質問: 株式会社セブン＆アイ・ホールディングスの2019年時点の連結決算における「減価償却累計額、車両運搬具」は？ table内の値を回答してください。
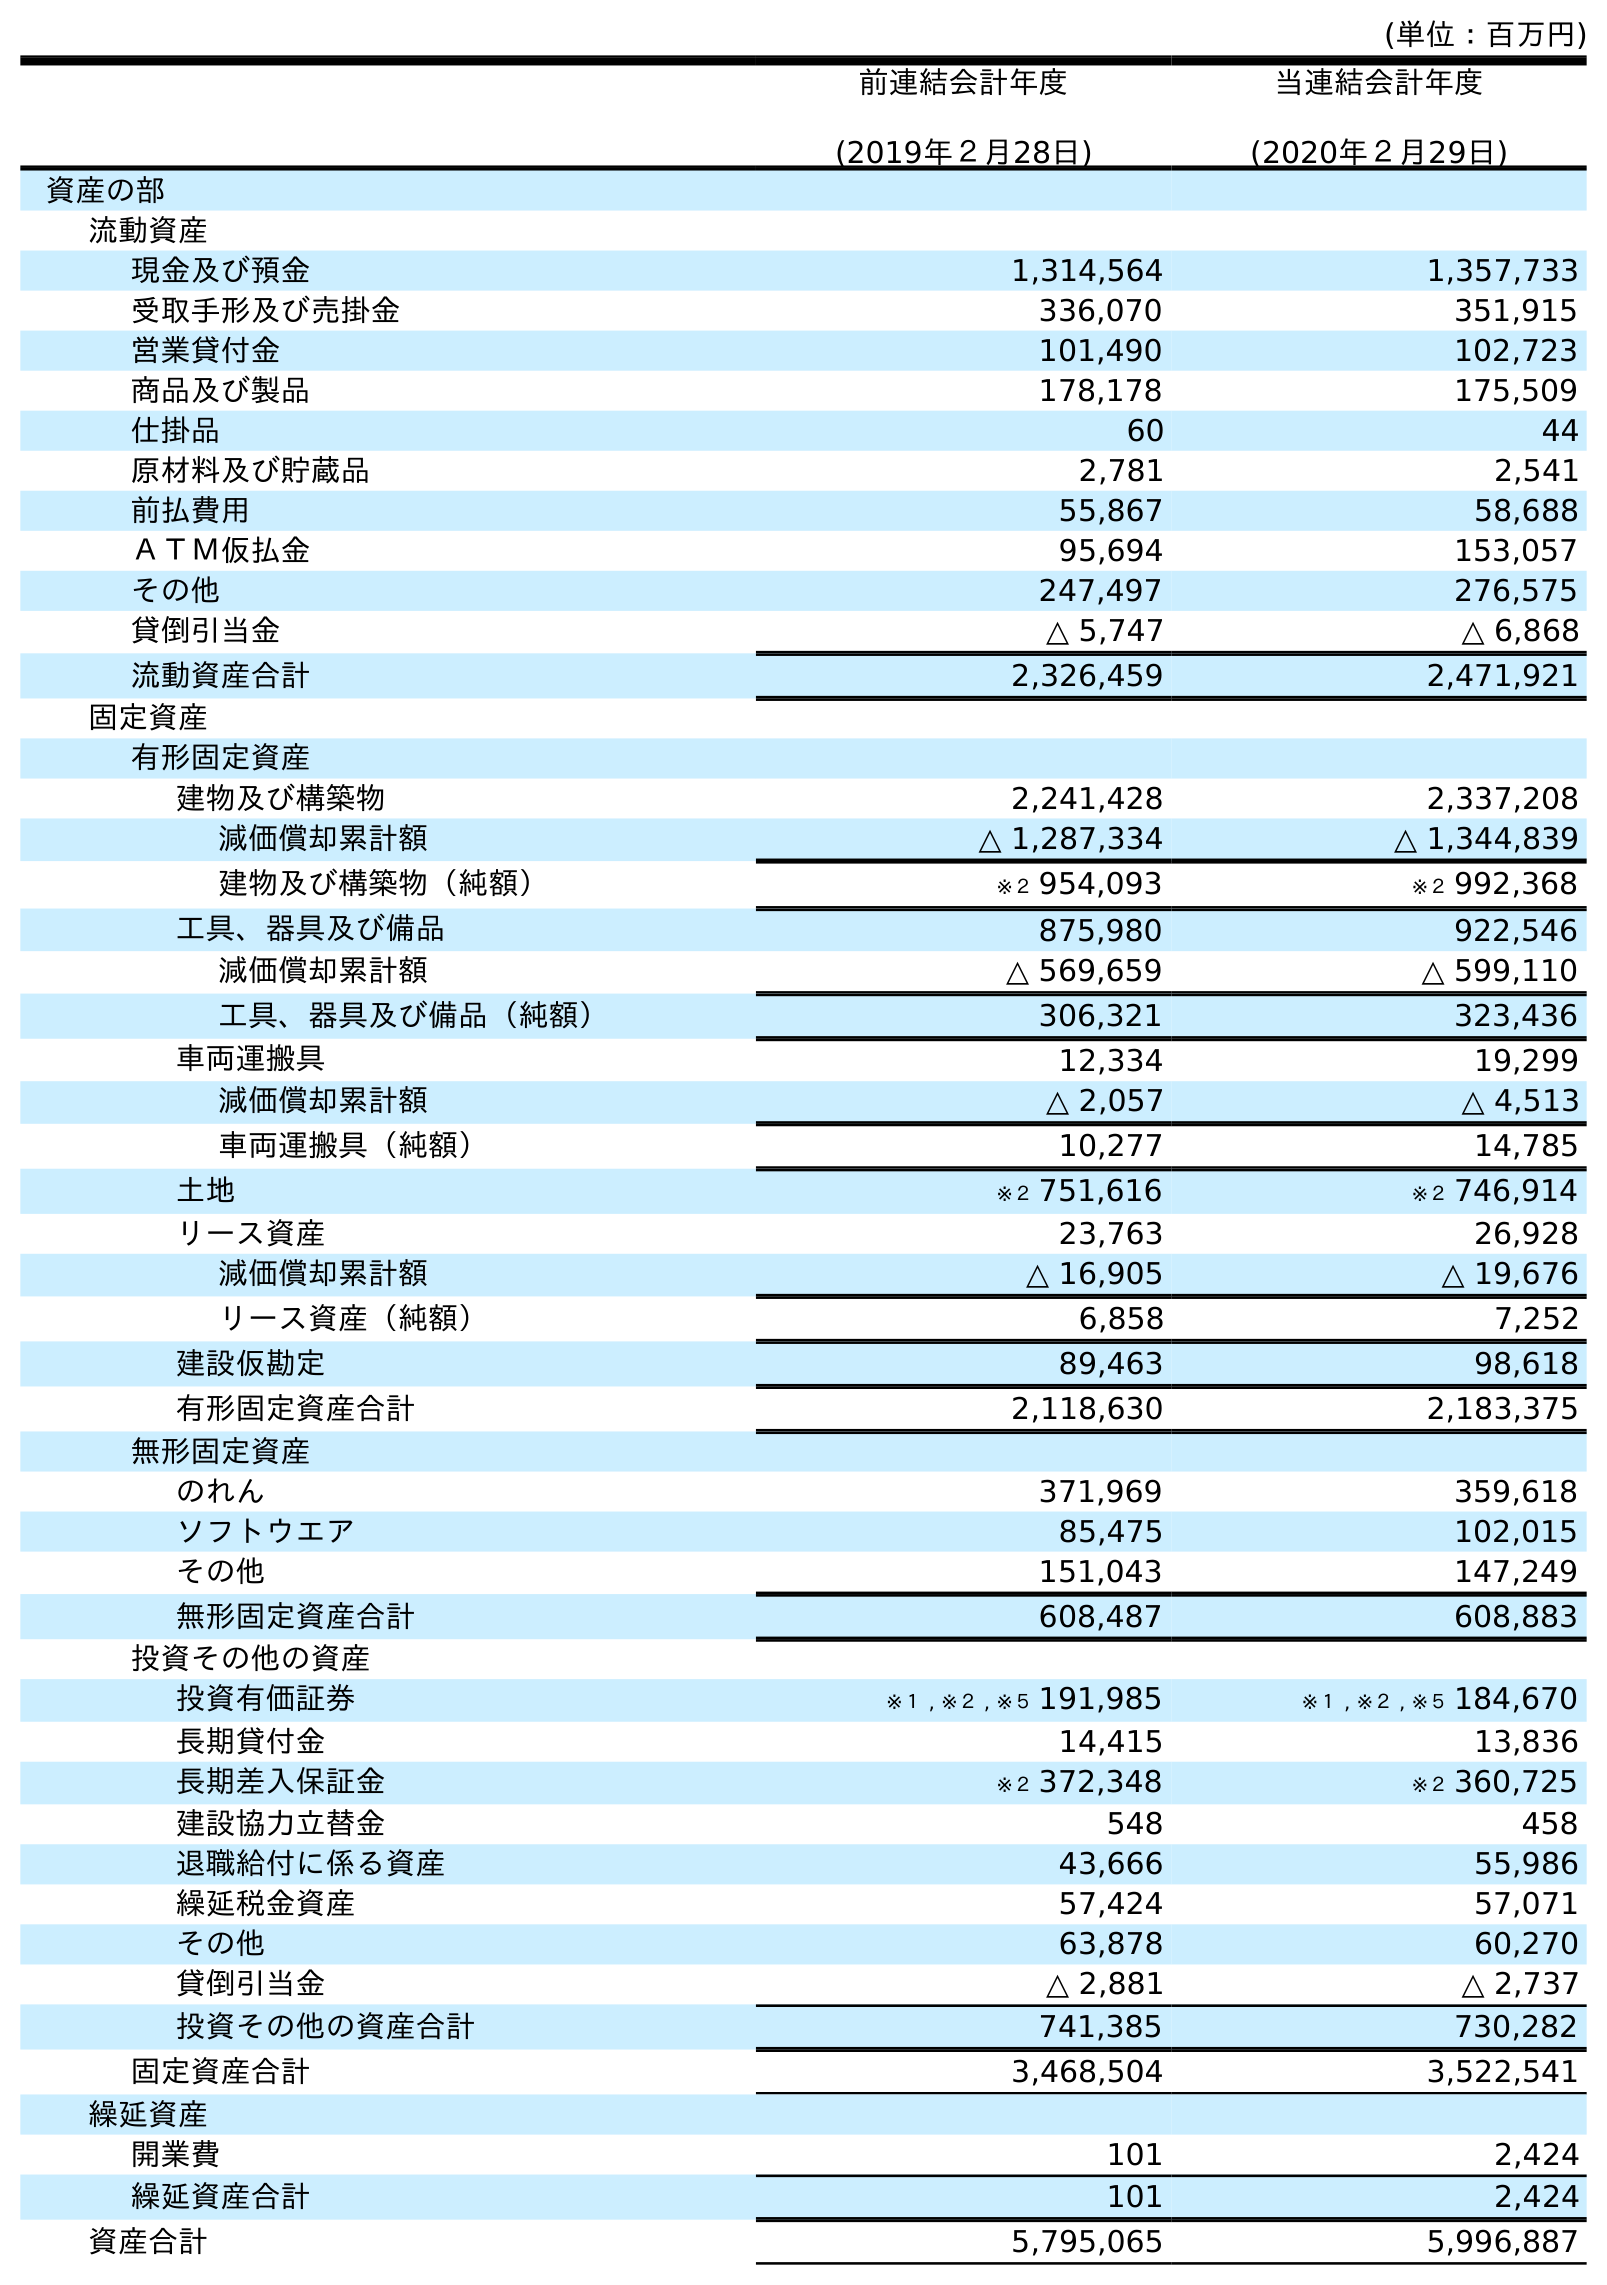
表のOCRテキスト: (単位：百万円) 前連結会計年度 (2019年２月28日) 当連結会計年度 (2020年２月29日) 資産の部 流動資産 現金及び預金 1,314,564 1,357,733 受取手形及び売掛金 336,070 351,915 営業貸付金 101,490 102,723 商品及び製品 178,178 175,509 仕掛品 60 44 原材料及び貯蔵品 2,781 2,541 前払費用 55,867 58,688 ＡＴＭ仮払金 95,694 153,057 その他 247,497 276,575 貸倒引当金 △ 5,747 △ 6,868 流動資産合計 2,326,459 2,471,921 固定資産 有形固定資産 建物及び構築物 2,241,428 2,337,208 減価償却累計額 △ 1,287,334 △ 1,344,839 建物及び構築物（純額） ※２ 954,093 ※２ 992,368 工具、器具及び備品 875,980 922,546 減価償却累計額 △ 569,659 △ 599,110 工具、器具及び備品（純額） 306,321 323,436 車両運搬具 12,334 19,299 減価償却累計額 △ 2,057 △ 4,513 車両運搬具（純額） 10,277 14,785 土地 ※２ 751,616 ※２ 746,914 リース資産 23,763 26,928 減価償却累計額 △ 16,905 △ 19,676 リース資産（純額） 6,858 7,252 建設仮勘定 89,463 98,618 有形固定資産合計 2,118,630 2,183,375 無形固定資産 のれん 371,969 359,618 ソフトウエア 85,475 102,015 その他 151,043 147,249 無形固定資産合計 608,487 608,883 投資その他の資産 投資有価証券 ※１ , ※２ , ※５ 191,985 ※１ , ※２ , ※５ 184,670 長期貸付金 14,415 13,836 長期差入保証金 ※２ 372,348 ※２ 360,725 建設協力立替金 548 458 退職給付に係る資産 43,666 55,986 繰延税金資産 57,424 57,071 その他 63,878 60,270 貸倒引当金 △ 2,881 △ 2,737 投資その他の資産合計 741,385 730,282 固定資産合計 3,468,504 3,522,541 繰延資産 開業費 101 2,424 繰延資産合計 101 2,424 資産合計 5,795,065 5,996,887
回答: △2,057